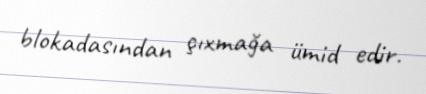
blokadasından çıxmağa ümid edir.